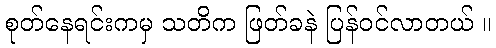
စုတ်နေရင်းကမှ သတိက ဖြတ်ခနဲ ပြန်ဝင်လာတယ် ။